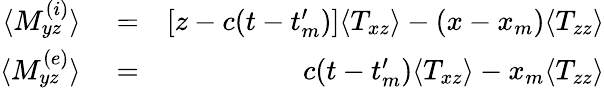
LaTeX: \begin{array}{rlr}{\langle M_{yz}^{(i)}\rangle}&{{}=}&{[z-c(t-t_{m}^{\prime})]\langle T_{xz}\rangle-(x-x_{m})\langle T_{zz}\rangle}\\ {\langle M_{yz}^{(e)}\rangle}&{{}=}&{c(t-t_{m}^{\prime})\langle T_{xz}\rangle-x_{m}\langle T_{zz}\rangle}\end{array}